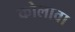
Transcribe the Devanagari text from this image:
कोलावा